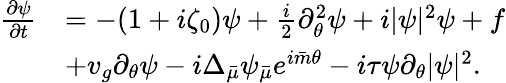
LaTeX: \begin{array}{rl}{\frac{\partial\psi}{\partial t}}&{=-(1+i\zeta_{0})\psi+\frac{i}{2}\partial_{\theta}^{2}\psi+i|\psi|^{2}\psi+f}\\ &{+v_{g}\partial_{\theta}\psi-i\Delta_{\bar{\mu}}\psi_{\bar{\mu}}e^{i{\bar{m}}\theta}-i\tau\psi\partial_{\theta}|\psi|^{2}.}\end{array}